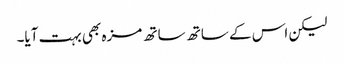
لیکن اس کے ساتھ ساتھ مزہ بھی بہت آیا۔